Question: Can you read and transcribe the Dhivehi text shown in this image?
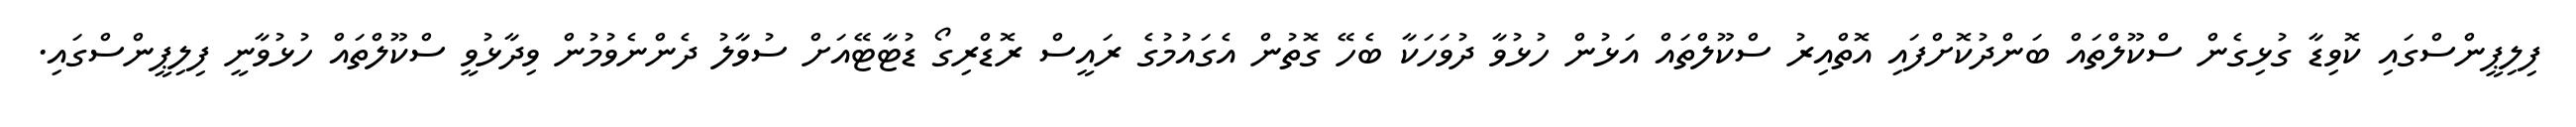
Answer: ފިލިޕީންސްގައި ކޮވިޑާ ގުޅިގެން ސްކޫލްތައް ބަންދުކޮށްފައި އޮތްއިރު ސްކޫލްތައް އަޅުން ހުޅުވާ ދުވަހަކާ ބެހޭ ގޮތުން އެގައުމުގެ ރައީސް ރޮޑްރިގޯ ޑުޓާޓޭއަށް ސުވާލު ދެންނެވުމުން ވިދާޅުވީ ސްކޫލްތައް ހުޅުވާނީ ފިލިޕީންސްގައި.